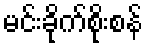
မင်းခိုက်စိုးစန်